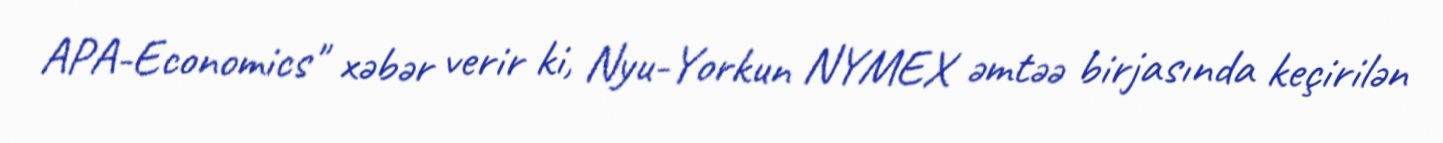
APA-Economics" xəbər verir ki, Nyu-Yorkun NYMEX əmtəə birjasında keçirilən